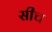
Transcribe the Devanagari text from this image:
सीच